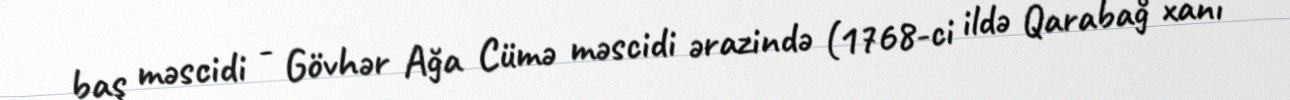
baş məscidi - Gövhər Ağa Cümə məscidi ərazində (1768-ci ildə Qarabağ xanı